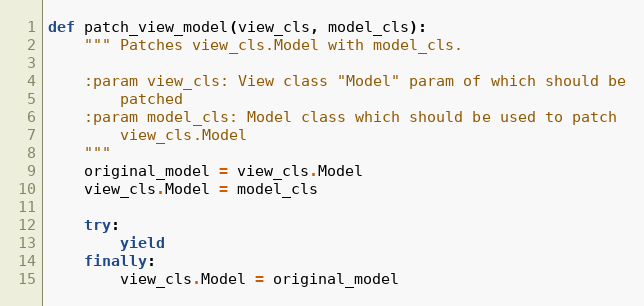
Language: Python
def patch_view_model(view_cls, model_cls):
    """ Patches view_cls.Model with model_cls.

    :param view_cls: View class "Model" param of which should be
        patched
    :param model_cls: Model class which should be used to patch
        view_cls.Model
    """
    original_model = view_cls.Model
    view_cls.Model = model_cls

    try:
        yield
    finally:
        view_cls.Model = original_model